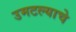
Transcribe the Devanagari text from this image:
उमटल्याचे